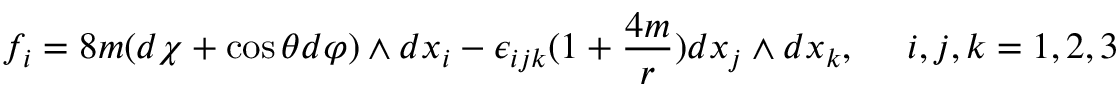
f _ { i } = 8 m ( d \chi + \cos \theta d \varphi ) \wedge d x _ { i } - \epsilon _ { i j k } ( 1 + \frac { 4 m } { r } ) d x _ { j } \wedge d x _ { k } , ~ ~ ~ ~ i , j , k = 1 , 2 , 3